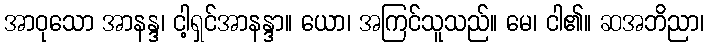
အာဝုသော အာနန္ဒ၊ ငါ့ရှင်အာနန္ဒာ။ ယော၊ အကြင်သူသည်။ မေ၊ ငါ၏။ ဆအဘိညာ၊